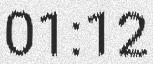
01:12